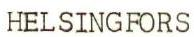
HELSINGFORS